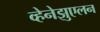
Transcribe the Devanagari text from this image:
व्हेनेझुएलन